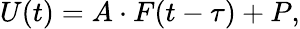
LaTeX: U(t)=A\cdot F(t-\tau)+P,